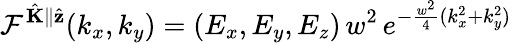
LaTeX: \mathcal{F}^{\hat{\mathbf{K}}\parallel\hat{\mathbf{z}}}(k_{x},k_{y})=(E_{x},E_{y},E_{z})\, w^{2}\, e^{-\frac{w^{2}}{4}(k_{x}^{2}+k_{y}^{2})}